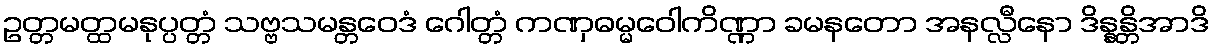
ဥတ္တမတ္ထမနုပ္ပတ္တံ သဗ္ဗသမန္တဝေဒံ ဂေါတ္တံ ကဏှဓမ္မဝေါကိဏ္ဏာ ခမနတော အနလ္လီနော ဒိန္နန္တိအာဒိ